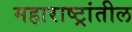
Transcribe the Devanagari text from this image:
महाराष्ट्रांतील